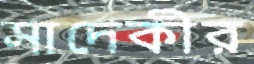
সাদেকীর